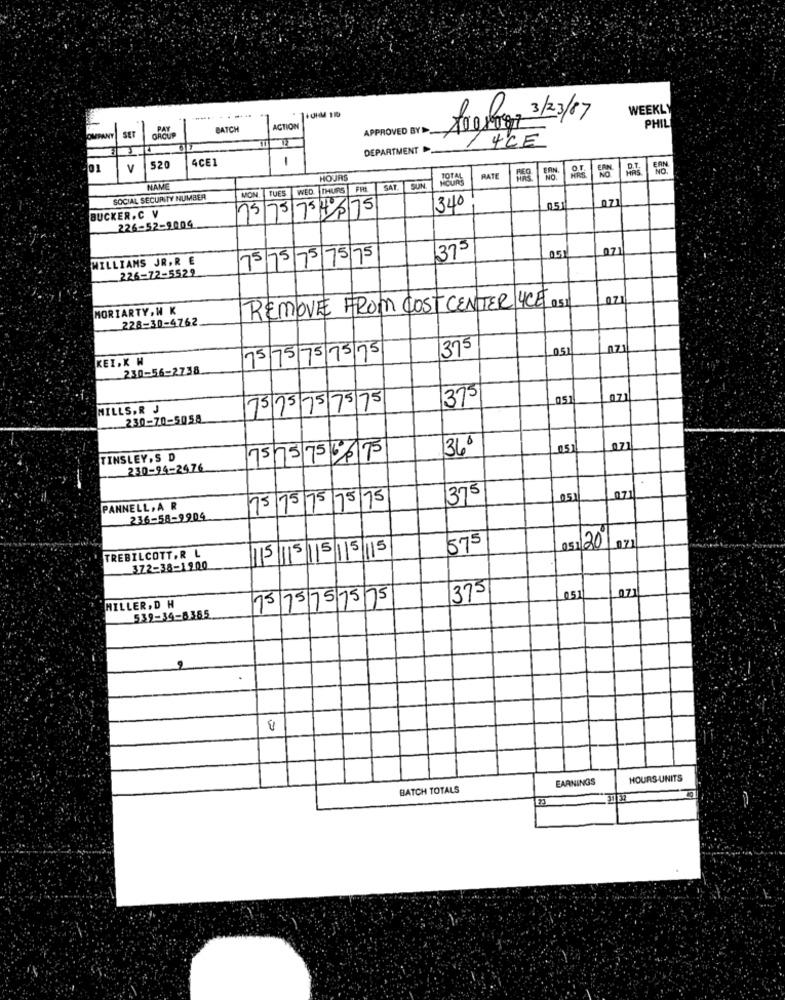
---
WEEKLY
Arghog 3/23/07
GROUP
PAY
BATCH
ACTION
APPROVED BYD
PHIL
COMPANY
SET
4CE
DEPARTMENT
4CE1
1
V
520
HOURS
TOTAL
RATE
NAME
TUES W
ED. THURS FRI
SAT
SUN
SOCIAL SECURITY NUMBER
MON
BUCKER.C V
75
75 7 5 4 8 75
340
05
226-52-9009
375
O5
071
WILLIAMS JR.R E
75/75/75/75/75
226-72-5529
REMOVE FROM COST CENTER 4CE 051
071
MORIARTY, W K
228-30-4762
375
051
071
KEI.K W
75/75/75 75/75
230-56-2738
375
07
MILLS.R J
75 75 75 75 75
230-70-5058
36 €
071
TINSLEY, S D
75 75/75 66175
230-94-2476
75 75 75 75 75
375
051
071
PANNELL, A R
236-58-9904
TREBILCOTT.R L
115 115 15 15|15
575
051/20 071
372-38-1900
07
MILLER, D H
15/15/75 75 75
375
051
539-34-8365
EARNINGS
HOURS UNITS
BATCH TOTALS